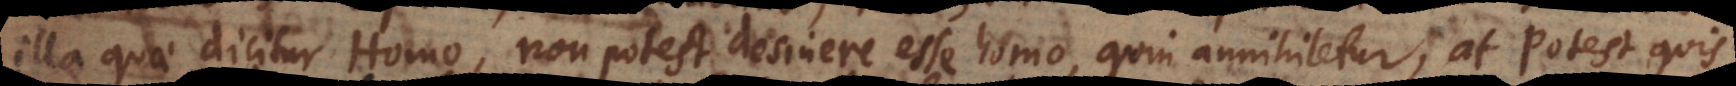
illa quae dicitur Homo, non potest desinere esse homo, quin annihiletur; at potest quis